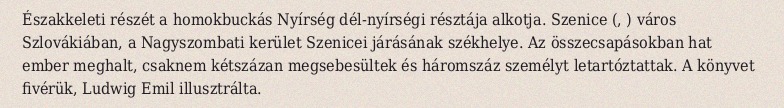
Északkeleti részét a homokbuckás Nyírség dél-nyírségi résztája alkotja. Szenice (, ) város Szlovákiában, a Nagyszombati kerület Szenicei járásának székhelye. Az összecsapásokban hat ember meghalt, csaknem kétszázan megsebesültek és háromszáz személyt letartóztattak. A könyvet fivérük, Ludwig Emil illusztrálta.